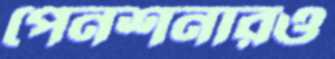
পেনশনারও